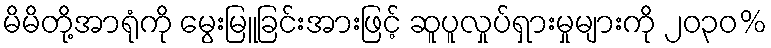
မိမိတို့အာရုံကို မွေးမြူခြင်းအားဖြင့် ဆူပူလှုပ်ရှားမှုများကို ၂၀၃၀%